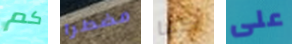
كم مضطرا كما على